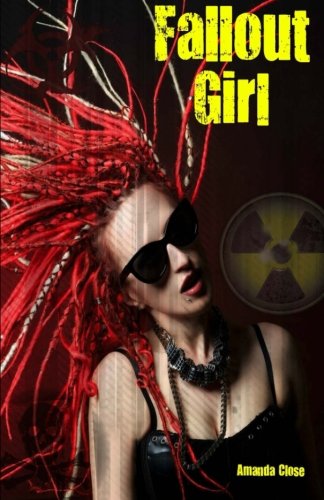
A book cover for Fallout Girl: Omnibus Edition; Amanda Close; Romance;